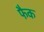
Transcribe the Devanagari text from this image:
फैक